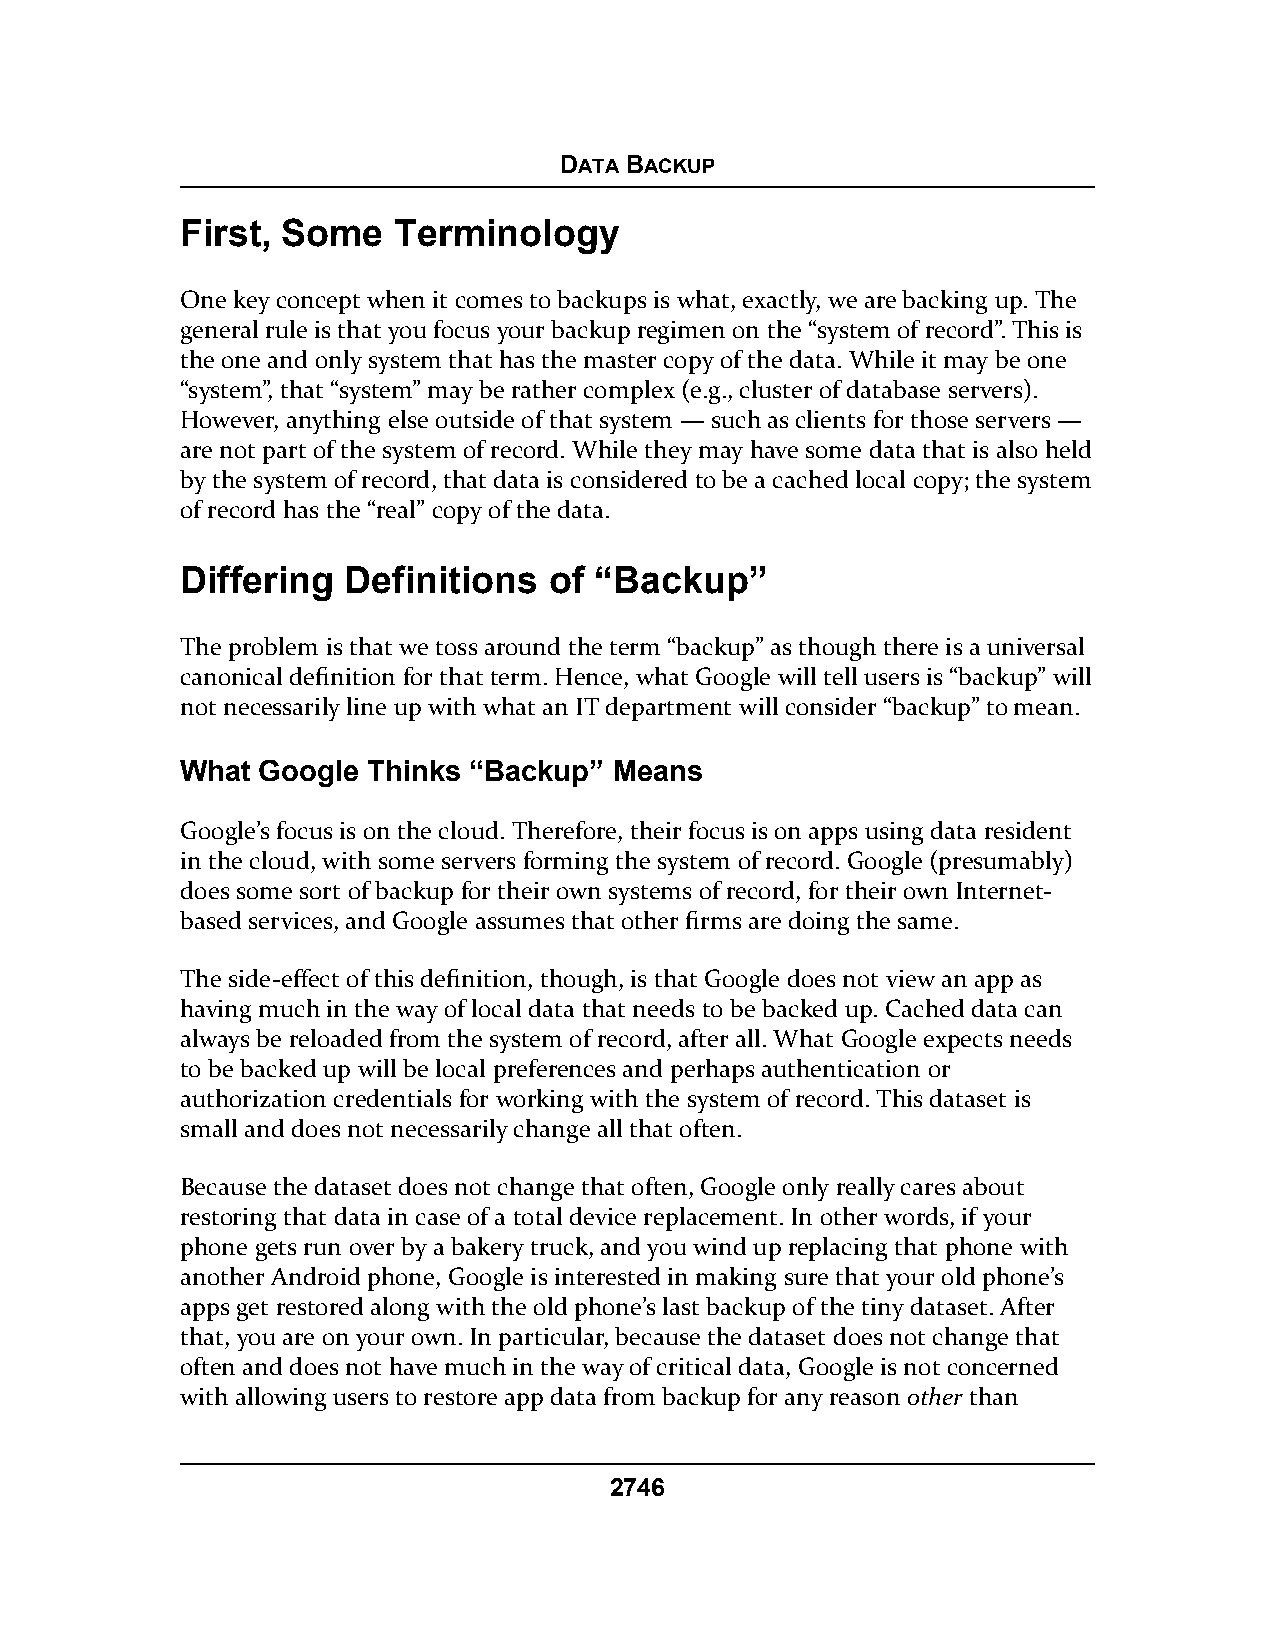
DATA BACKUP
 First, Some   Terminology
 One key concept when it comes to backups is what, exactly, we are backing up. The
 general rule is that you focus your backup regimen on the “system of record”. This is
 the one and only system that has the master copy of the data. While it may be one
 “system”, that “system” may be rather complex (e.g., cluster of database servers).
 However, anything else outside of that system — such as clients for those servers —
 are not part of the system of record. While they may have some data that is also held
 by the system of record, that data is considered to be a cached local copy; the system
 of record has the “real” copy of the data.
 Differing  Definitions  of “Backup”
 The problem is that we toss around the term “backup” as though there is a universal
 canonical definition for that term. Hence, what Google will tell users is “backup” will
 not necessarily line up with what an IT department will consider “backup” to mean.
 What Google Thinks “Backup”  Means
 Google’s focus is on the cloud. Therefore, their focus is on apps using data resident
 in the cloud, with some servers forming the system of record. Google (presumably)
 does some sort of backup for their own systems of record, for their own Internet-
 based services, and Google assumes that other firms are doing the same.
 The side-effect of this definition, though, is that Google does not view an app as
 having much in the way of local data that needs to be backed up. Cached data can
 always be reloaded from the system of record, after all. What Google expects needs
 to be backed up will be local preferences and perhaps authentication or
 authorization credentials for working with the system of record. This dataset is
 small and does not necessarily change all that often.
 Because the dataset does not change that often, Google only really cares about
 restoring that data in case of a total device replacement. In other words, if your
 phone gets run over by a bakery truck, and you wind up replacing that phone with
 another Android phone, Google is interested in making sure that your old phone’s
 apps get restored along with the old phone’s last backup of the tiny dataset. After
 that, you are on your own. In particular, because the dataset does not change that
 often and does not have much in the way of critical data, Google is not concerned
 with allowing users to restore app data from backup for any reason other than
 2746